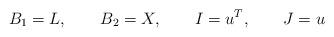
LaTeX: \begin{align*}B_1=L,\qquad B_2=X,\qquad I=u\sp{T},\qquad J=u\end{align*}